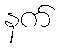
နက်